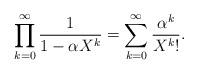
LaTeX: \begin{align*}\prod_{k=0}^\infty\frac{1}{1-\alpha X^k}=\sum_{k=0}^\infty\frac{\alpha^k}{X^k!}.\end{align*}